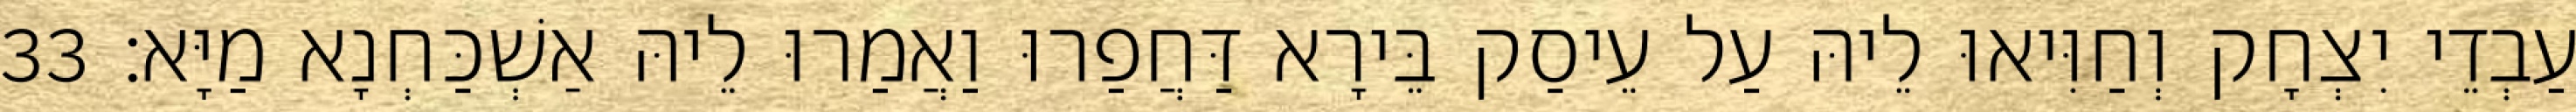
עַבְדֵי יִצְחָק וְחַוִּיאוּ לֵיהּ עַל עֵיסַק בֵּירָא דַּחֲפַרוּ וַאֲמַרוּ לֵיהּ אַשְׁכַּחְנָא מַיָּא׃ 33